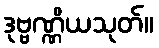
ဒုဗ္ဗဏ္ဏိယသုတ်။